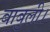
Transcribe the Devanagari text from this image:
बाबुली।